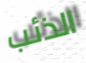
الذئب